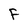
Character: F